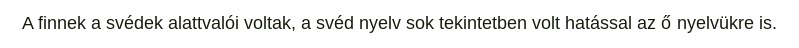
A finnek a svédek alattvalói voltak, a svéd nyelv sok tekintetben volt hatással az ő nyelvükre is.